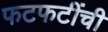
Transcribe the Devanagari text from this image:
फटफटींची